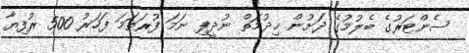
ސެންޓަރުގެ ބެލުމުގެ ދަށުން ޚިދުމަތް ނުދީފި ނަމަ ފުރަތަމަ ފަހަރު 500 ރުފިޔާ